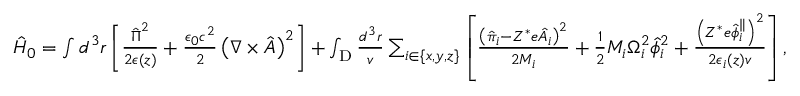
\begin{array} { r } { \hat { H } _ { 0 } = \int d ^ { 3 } r \left[ \frac { \hat { \boldsymbol { \Pi } } ^ { 2 } } { 2 \boldsymbol { \epsilon } ( z ) } + \frac { \epsilon _ { 0 } c ^ { 2 } } { 2 } \left( \nabla \times \hat { \boldsymbol { A } } \right) ^ { 2 } \right] + \int _ { \mathrm { D } } \frac { d ^ { 3 } r } { v } \sum _ { i \in \{ x , y , z \} } \left[ \frac { \left( \hat { \pi } _ { i } - Z ^ { * } e \hat { A } _ { i } \right) ^ { 2 } } { 2 M _ { i } } + \frac { 1 } { 2 } M _ { i } \Omega _ { i } ^ { 2 } \hat { \phi } _ { i } ^ { 2 } + \frac { \left( Z ^ { * } e \hat { \phi } _ { i } ^ { \parallel } \right) ^ { 2 } } { 2 \epsilon _ { i } ( z ) v } \right] , } \end{array}